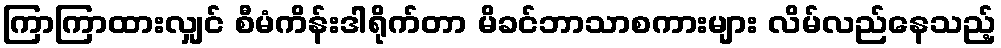
ကြာကြာထားလျှင် စီမံကိန်းဒါရိုက်တာ မိခင်ဘာသာစကားများ လိမ်လည်နေသည့်